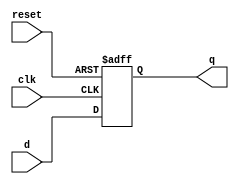
module register(
    input wire clk, reset, 
    input wire [3:0] d,
    output wire [3:0] q
);
reg [3:0] q_reg;
wire [3:0] q_next;
always @(posedge clk, posedge reset) begin
    if (reset) 
        q_reg <= 4'b1111;
    else
        q_reg <= q_next;
end
assign q_next = d;
assign q = q_reg;
endmodule